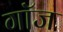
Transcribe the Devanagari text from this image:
गॉज